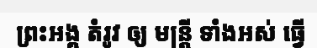
ព្រះអង្គ តំរូវ ឲ្យ មន្ត្រី ទាំងអស់ ធ្វើ